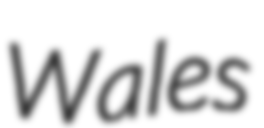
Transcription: Wales